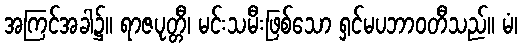
အကြင်အခါ၌။ ရာဇပုတ္တီ၊ မင်းသမီးဖြစ်သော ရှင်မပဘာဝတီသည်။ မံ၊